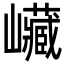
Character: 𡿄